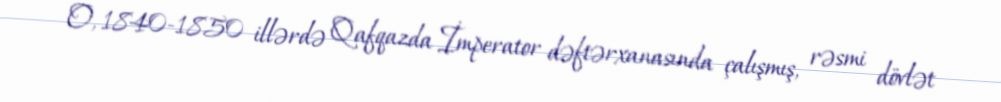
O, 1840-1850 illərdə Qafqazda İmperator dəftərxanasında çalışmış, rəsmi dövlət